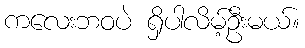
ကလေးဘဝပဲ ရှိပါလိမ့်ဦးမယ်။